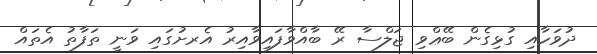
ދުވަހާއި ގުޅިގެން ބޭޢްވި ޖަލްސާ ރޭ ބާއްވާފައިވާއިރު އެރށުގައި ވަނީ ތަފާތު އެތައް